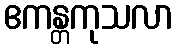
ဧကန္တကုသလာ